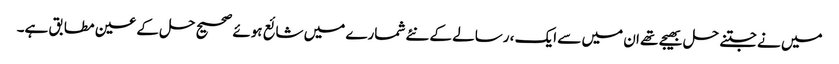
میں نے جتنے حل بھیجے تھے ان میں سے ایک ، رسالے کے نئے شمارے میں شائع ہوئے صحیح حل کے عین مطابق ہے۔